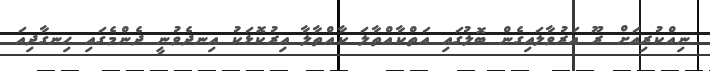
ނިއްކުރިއަށް ރޫ އަރުވާލައިގެން ބޮލުގައި އަތްކާއްތާލަ ކާއްތާލާ އިރުކޮޅަކު އިނދެވުނީ ދެންމެގައި ހިނގާދިއަ